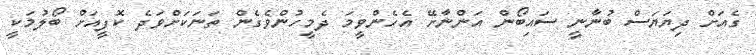
ގެއަށް ދިޔަޔަސް ބުނާނީ ސައިބޯން އަންނާށޭ އެހެންވީމަ ދެމީހުންވެގެން ތަނަކަށްވަދެ ކޮފީއަށް ބޯލުމަކީ